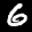
Label: 6